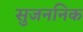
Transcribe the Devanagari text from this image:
सुजननिक